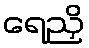
ရေညှိ